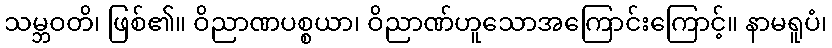
သမ္ဘဝတိ၊ ဖြစ်၏။ ဝိညာဏပစ္စယာ၊ ဝိညာဏ်ဟူသောအကြောင်းကြောင့်။ နာမရူပံ၊